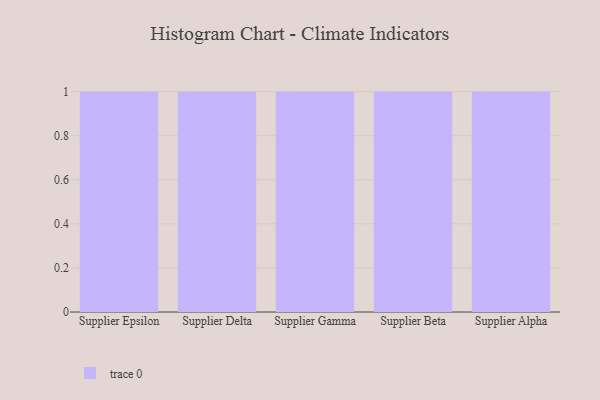
{"axis": {"x": "Supplier", "y": "Churn Rate (%)"}, "legend": [""], "data": [{"x": "Supplier Epsilon", "y": 63, "type": ""}, {"x": "Supplier Delta", "y": 63, "type": ""}, {"x": "Supplier Gamma", "y": 99, "type": ""}, {"x": "Supplier Beta", "y": 38, "type": ""}, {"x": "Supplier Alpha", "y": 72, "type": ""}]}